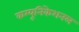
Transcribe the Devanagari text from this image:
कम्यूनिकेशनल